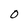
Character: 0